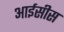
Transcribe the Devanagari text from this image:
आईसीस